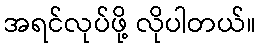
အရင်လုပ်ဖို့ လိုပါတယ်။